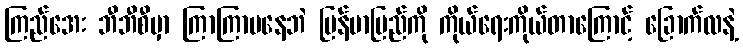
ကြည်အေး ဘီဘီစီမှာ ကြာကြာမနေဘဲ မြန်မာပြည်ကို ကိုယ်ရေးကိုယ်တာကြောင့် ခြောက်လနဲ့